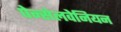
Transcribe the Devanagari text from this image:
पेन्सेलवेनियन